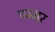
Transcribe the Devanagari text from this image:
एम्मर